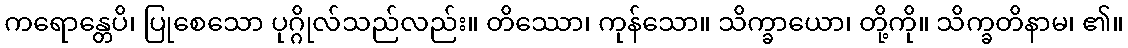
ကရောန္တေပိ၊ ပြုစေသော ပုဂ္ဂိုလ်သည်လည်း။ တိဿော၊ ကုန်သော။ သိက္ခာယော၊ တို့ကို။ သိက္ခတိနာမ၊ ၏။